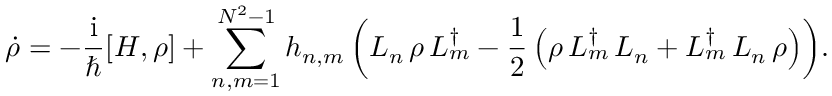
\begin{array} { r } { { \displaystyle { \dot { \rho } } = - { \frac { \mathrm { i } } { \hbar } } [ H , \rho ] + \sum _ { n , m = 1 } ^ { N ^ { 2 } - 1 } h _ { n , m } \left( L _ { n } \, \rho \, L _ { m } ^ { \dagger } - { \frac { 1 } { 2 } } \left( \rho \, L _ { m } ^ { \dagger } \, L _ { n } + L _ { m } ^ { \dagger } \, L _ { n } \, \rho \right) \right) } . } \end{array}